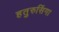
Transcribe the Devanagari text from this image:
हतुरुसिंगा